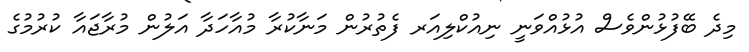
މިދެ ބޭފުޅުންވެސް އުޅުއްވަނީ ނިއުކްލިއަރ ފެތުރުން މަނާކުރާ މުއާހަދާ އަލުން މުރާޖައާ ކުރުމުގެ